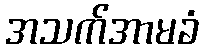
အသက်အာမခံ